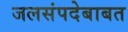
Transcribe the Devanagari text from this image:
जलसंपदेबाबत